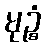
မုဉ္စံ